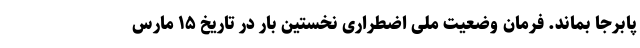
پابرجا بماند. فرمان وضعیت ملی اضطراری نخستین بار در تاریخ ۱۵ مارس